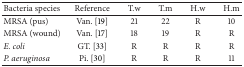
| Bacteria species | Reference | T.w | T.m | H.w | H.m |
 | --- | --- | --- | --- | --- | --- |
 | MRSA (pus) | Van. [19] | 21 | 22 | R | 10 |
 | MRSA (wound) | Van. [17] | 18 | 19 | R | R |
 | E. coli | GT. [33] | R | R | R | R |
 | P. aeruginosa | Pi. [30] | R | R | R | 11 |